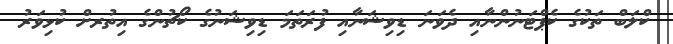
ކްލަބް ތަކުގެ ކެޕްޓަނުންނާއި ދެވަނަ ޑިވިޝަނާއި ފުރަތަމަ ޑިވިޝަނުގެ ކޯޗުންގެ އިތުރށް ކުޅިވަރު